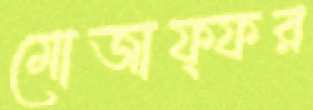
মোজাফ্ফর